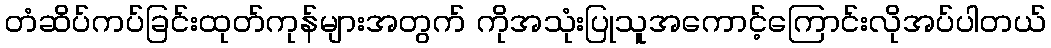
တံဆိပ်ကပ်ခြင်းထုတ်ကုန်များအတွက် ကိုအသုံးပြုသူအကောင့်ကြောင်းလိုအပ်ပါတယ်